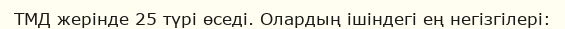
ТМД жерінде 25 түрі өседі. Олардың ішіндегі ең негізгілері: